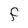
Character: F